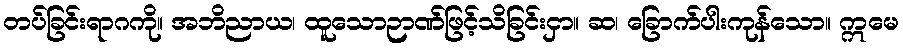
တပ်ခြင်းရာဂကို။ အဘိညာယ၊ ထူသောဉာဏ်ဖြင့်သိခြင်းငှာ။ ဆ၊ ခြောက်ပါးကုန်သော။ ဣမေ